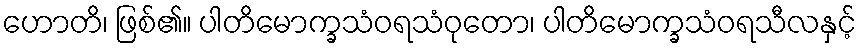
ဟောတိ၊ ဖြစ်၏။ ပါတိမောက္ခသံဝရသံဝုတော၊ ပါတိမောက္ခသံဝရသီလနှင့်